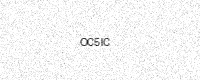
Text: OC5IC